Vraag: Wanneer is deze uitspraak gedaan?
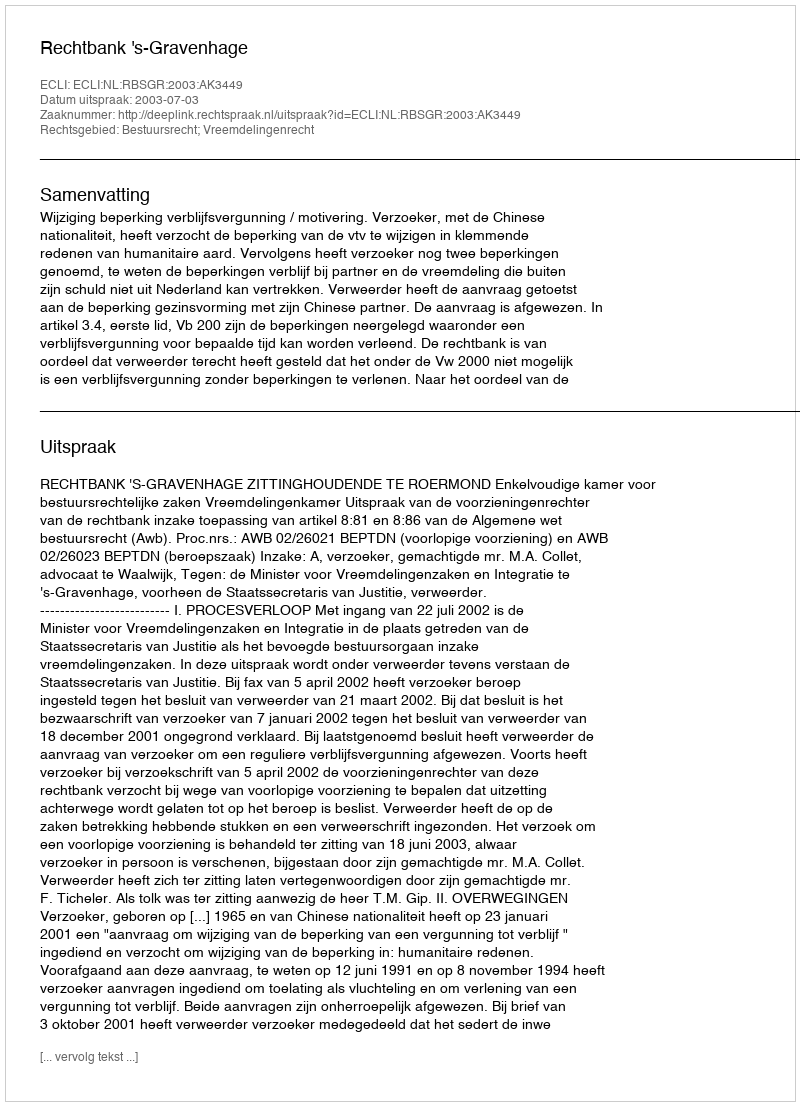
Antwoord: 2003-07-03